Annual administration report of the Civil Veterinary Department of India - 1897-1898
Year: 1897
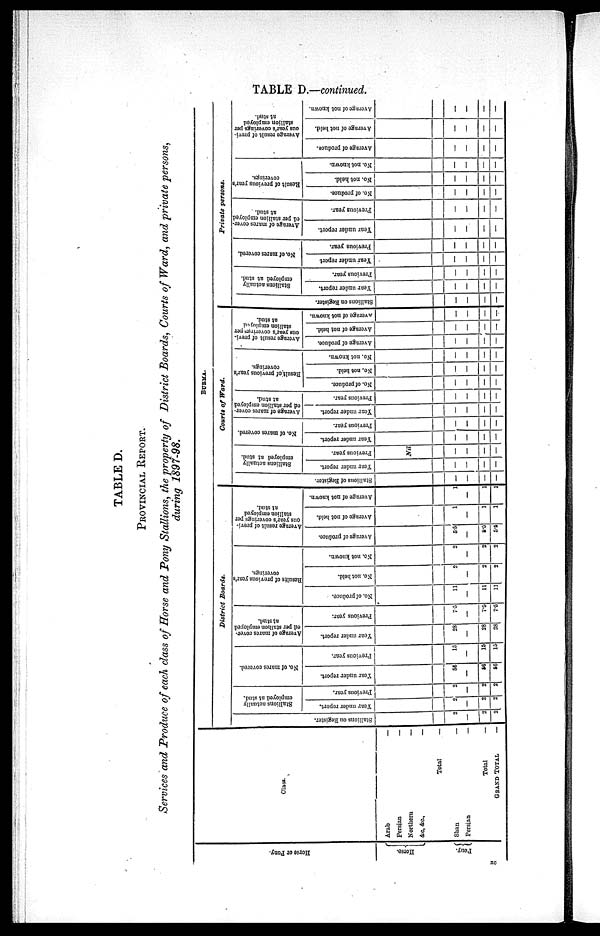
TABLE D.—continued.
TABLE D.
PROVINCIAL REPORT.
Services and Produce of each class of Horse and Pony Stallions, the property of District Boards, Courts of Ward, and private persons,
during 1897-98.
Hor s e or Pony.
Horse.
Pony.
Class.
Arab—
Persian—
Northern—
&c,
&c.,—
Total
—
Shan—
Persian—
Total
—
Grand total
—
BURMA.
District
Boards.
Stallions on Register.
2
—
2
2
Stallions actually
employed at stud.
Year under report.
2
—
2
2
Previous year.
2
—
2
2
No. of mares covered.
Year under report.
56
—
56
56
Previous year.
15
—
15
15
Average of mares cover-
ed per stallion employed
at stud.
Year under report.
28
—
28
28
Previous year.
7.5
—
7.5
7.5
Results
of previous year's
coverings.
No. of produce.
11
—
11
11
No. not held.
2
—
2
2
No. not known.
2
—
2
2
Average result of previ-
ous year's coverings' per
stallion employed
at stud.
Average of produce.
5.5
—
5.5
5.5
Average of not held.
1
—
1
1
Average of not known.
1
—
1
1
Courts of Ward.
Stallions of Register.
—
—
—
—
Stallions actually
employed at stud.
Year under report.
—
—
—
—
Previous year.
Nil
—
—
—
—
No. of mares covered.
Year under report.
—
—
—
—
Previous year.
—
—
—
—
Average of mares cover-
ed per stallion employed
at stud.
Year under report.
—
—
—
—
Previous year.
—
—
—
—
Result of previous year's
coverings.
No. of produce.
—
—
—
—
No. not held.
—
—
—
No. not known.
—
—
—
—
Average result of previ—
ous year's coverings per
stallion employed
at stud.
Average of produce.
—
—
—
—
Average of not held.
—
—
—
Average of not known.
—
—
—
—
Private persons.
Stallions on Register.
—
—
—
—
Stallions actually
employed at stud.
Year under report.
—
—
—
—
Previous year.
—
—
—
—
No, of mares covered.
Year under report
—
—
—
—
Previous year.
—
—
—
—
Average of mares cover-
ed per stallion employed
at stud.
Year under report.
—
—
—
—
Previous year.
—
—
—
—
Result of previous year's
coverings.
No. of produce.
—
—
—
—
No. not held.
—
—
—
—
No. not known.
—
—
—
—
Average result of previ-
ous year's coverings per
stallion employed
at stud.
Average of produce.
—
—
—
—
Average of not held.
—
—
—
—
Average of not known.
—
—
—
—
XC